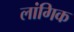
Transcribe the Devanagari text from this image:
लांगिक